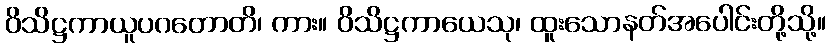
ဝိသိဋ္ဌကာယူပဂတောတိ၊ ကား။ ဝိသိဋ္ဌကာယေသု၊ ထူးသောနတ်အပေါင်းတို့သို့။